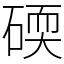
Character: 碝